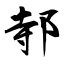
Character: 邿